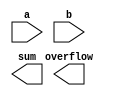
module CLA32(
    input  [31:0] a,
    input  [31:0] b,
    output [31:0] sum,
    output overflow);

// put your design here

endmodule